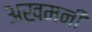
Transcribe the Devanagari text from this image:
अखमनी